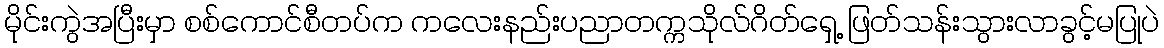
မိုင်းကွဲအပြီးမှာ စစ်ကောင်စီတပ်က ကလေးနည်းပညာတက္ကသိုလ်ဂိတ်ရှေ့ ဖြတ်သန်းသွားလာခွင့်မပြုပဲ